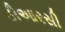
ડીઆરસી